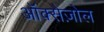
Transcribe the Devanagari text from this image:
ऑक्सेज़ोल